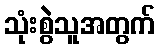
သုံးစွဲသူအတွက်